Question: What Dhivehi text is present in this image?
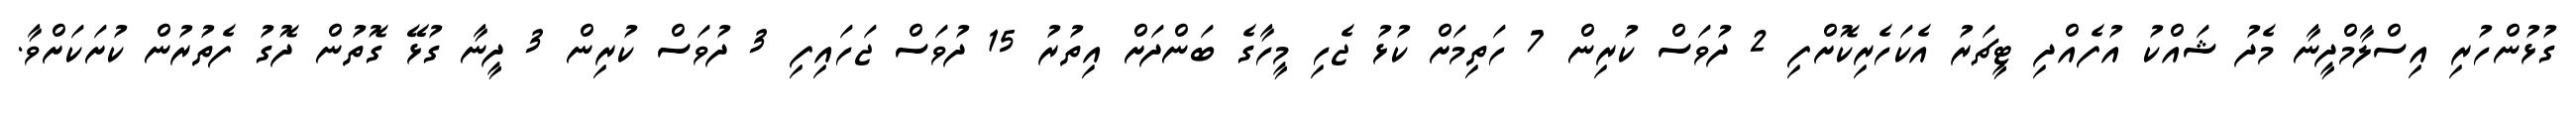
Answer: ގުޅުންހުރި އިސްލާމްދީނާ މެދު ޝައްކު އުފެއްދި ޓީޗަރު އެކަހެރިކޮށްފި 2 ދުވަސް ކުރިން 7 ހަތިމަށް ކުޅު ޖެހި މީހާގެ ބަންދަށް އިތުރު 15 ދުވަސް ޖަހައިފި 3 ދުވަސް ކުރިން 3 ދީނާ ގުޅޭ ގޮތުން ދޮގު ފެތުރުން ކުށަކަށްވާ.